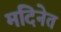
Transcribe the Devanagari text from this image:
मदिनेत